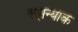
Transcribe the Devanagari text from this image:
रुझन्याक